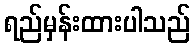
ရည်မှန်းထားပါသည်